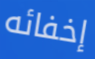
إخفائه